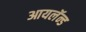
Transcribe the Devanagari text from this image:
आयलॅन्ड